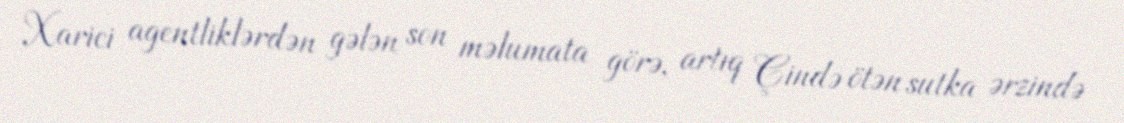
Xarici agentliklərdən gələn son məlumata görə, artıq Çində ötən sutka ərzində